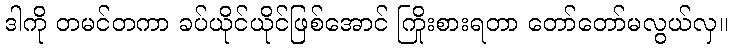
ဒါကို တမင်တကာ ခပ်ယိုင်ယိုင်ဖြစ်အောင် ကြိုးစားရတာ တော်တော်မလွယ်လှ။